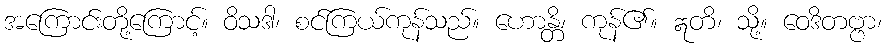
အကြောင်းတို့ကြောင့်။ ဝိသဒါ၊ စင်ကြယ်ကုန်သည်။ ဟောန္တိ၊ ကုန်၏။ ဣတိ၊ သို့။ ဝေဒိတဗ္ဗာ၊